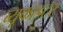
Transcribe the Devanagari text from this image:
ब्यूफाइटर